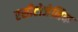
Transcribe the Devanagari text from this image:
एसीटोजेनिक